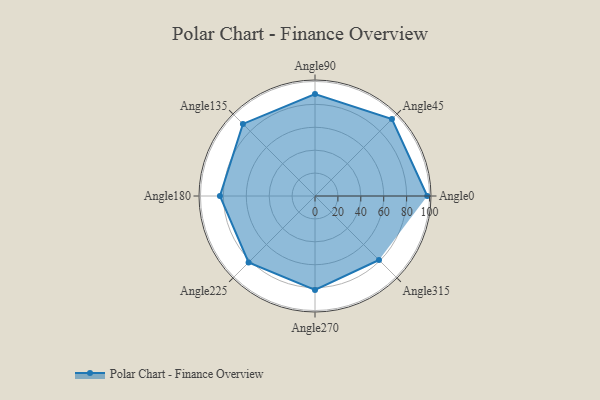
{"axis": {"x": "Angle", "y": "Radius"}, "legend": [""], "data": [{"x": "Angle0", "y": 98.0, "type": ""}, {"x": "Angle45", "y": 95.0, "type": ""}, {"x": "Angle90", "y": 89.0, "type": ""}, {"x": "Angle135", "y": 89.0, "type": ""}, {"x": "Angle180", "y": 83.0, "type": ""}, {"x": "Angle225", "y": 82.0, "type": ""}, {"x": "Angle270", "y": 82.0, "type": ""}, {"x": "Angle315", "y": 79.0, "type": ""}]}